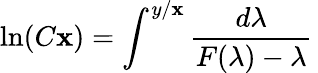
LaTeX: \ln(C\mathbf{x})=\int^{y/\mathbf{x}}{\frac{{d\lambda}}{{F(\lambda)-\lambda}}}\,